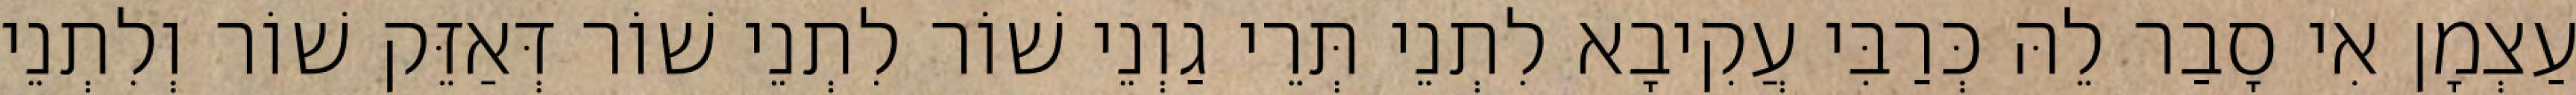
עַצְמָן אִי סָבַר לֵהּ כְּרַבִּי עֲקִיבָא לִתְנֵי תְּרֵי גַוְנֵי שׁוֹר לִתְנֵי שׁוֹר דְּאַזֵּק שׁוֹר וְלִתְנֵי